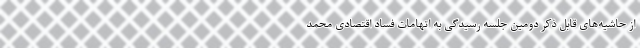
از حاشیه‌های قابل ذکر دومین جلسه رسیدگی به اتهامات فساد اقتصادی محمد